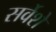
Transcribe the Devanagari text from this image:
सर्वेशे